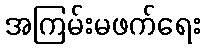
အကြမ်းမဖက်ရေး